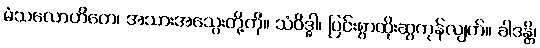
မံသလောဟိတေ၊ အသားအသွေးတို့ကို။ သံဝိဒ္ဓါ၊ ပြင်းစွာထိုးဆွကုန်လျက်။ ခါဒန္တိ၊